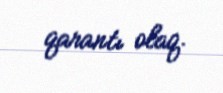
qarantı olaq.